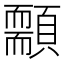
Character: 䫱